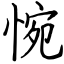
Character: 惋